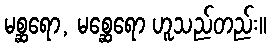
မစ္ဆရော, မစ္ဆေရော ဟူသည်တည်း။